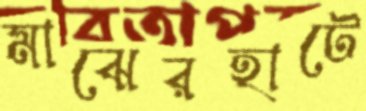
মাঝেরহাটে